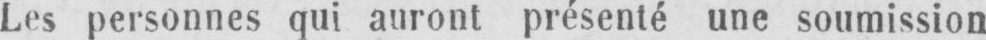
Les personnes qui auront présenté une soumission